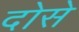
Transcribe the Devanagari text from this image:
दोसे